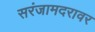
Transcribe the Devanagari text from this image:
सरंजामदरावर